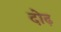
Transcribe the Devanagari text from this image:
दोढ़